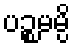
ပဉ္စမမ္ပိ